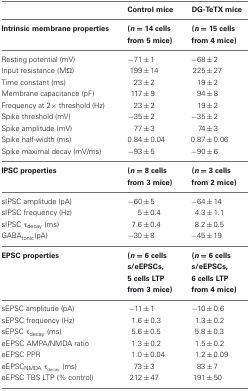
|  | Control mice | DG-TeTX mice |
 | Intrinsic membrane properties | (n = 14 cells from 5 mice) | (n = 15 cells from 4 mice) |
 | --- | --- | --- |
 | Resting potential (mV) | −71 ± 1 | −68 ± 2 |
 | Input resistance (MΩ) | 199 ± 14 | 225 ± 27 |
 | Time constant (ms) | 23 ± 2 | 19 ± 2 |
 | Membrane capacitance (pF) | 117 ± 9 | 94 ± 8 |
 | Frequency at 2× threshold (Hz) | 23 ± 2 | 19 ± 2 |
 | Spike threshold (mV) | −35 ± 2 | −35 ± 2 |
 | Spike amplitude (mV) | 77 ± 3 | 74 ± 3 |
 | Spike half-width (ms) | 0.84 ± 0.04 | 0.87 ± 0.06 |
 | Spike maximal decay (mV/ms) | −93 ± 5 | −90 ± 6 |
 | IPSC properties | (n = 8 cells from 3 mice) | (n = 3 cells from 2 mice) |
 | sIPSC amplitude (pA) | −60 ± 5 | −64 ± 14 |
 | sIPSC frequency (Hz) | 5 ± 0.4 | 4.3 ± 1.1 |
 | sIPSC τdecay (ms) | 7.6 ± 0.4 | 8.2 ± 0.5 |
 | GABAtonic (pA) | −30 ± 8 | −45 ± 19 |
 | EPSC properties | (n = 6 cells s/eEPSCs, 5 cells LTP from 3 mice) | (n = 6 cells s/eEPSCs, 6 cells LTP from 4 mice) |
 | sEPSC amplitude (pA) | −11 ± 1 | −10 ± 0.6 |
 | sEPSC frequency (Hz) | 1.6 ± 0.3 | 1.3 ± 0.2 |
 | sEPSC τdecay (ms) | 5.6 ± 0.5 | 5.8 ± 0.3 |
 | eEPSC AMPA/NMDA ratio | 1.3 ± 0.2 | 1.5 ± 0.2 |
 | eEPSC PPR | 1.0 ± 0.04 | 1.2 ± 0.09 |
 | eEPSCNMDA τdecay (ms) | 73 ± 3 | 83 ± 7 |
 | eEPSC TBS LTP (% control) | 212 ± 47 | 191 ± 50 |